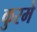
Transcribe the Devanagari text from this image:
कुरमे